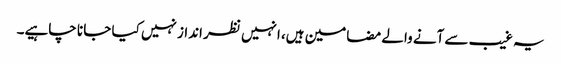
یہ غیب سے آنے والے مضامین ہیں، انہیں نظر انداز نہیں کیا جا نا چاہیے۔